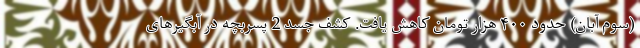
(سوم آبان) حدود ۴۰۰ هزار تومان کاهش یافت. کشف جسد 2 پسربچه در آبگیرهای